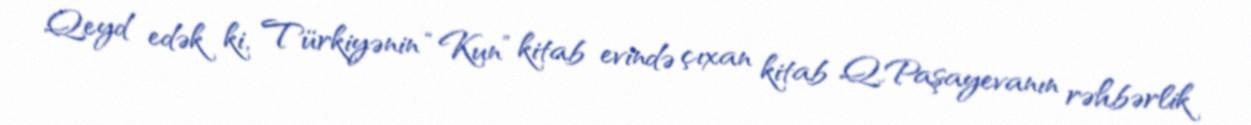
Qeyd edək ki, Türkiyənin “Kun” kitab evində çıxan kitab Q.Paşayevanın rəhbərlik